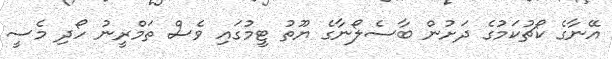
އޭނާގެ ކޯޗުކަމުގެ ދަށުން ބާސެލޯނާގެ ޔޫތު ޓީމުގައި ވެސް ތަމްރީނު ހޯދި މެސީ